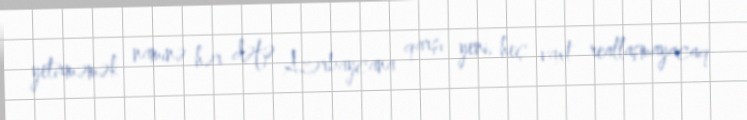
yetirməmək naminə hər dəfə Azərbaycana qarşı yeni, heç vaxt reallaşmayacaq